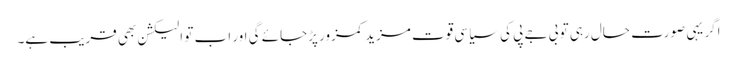
اگر یہی صورت حال رہی تو بی جے پی کی سیاسی قوت مزید کمزور پڑجائے گی اور اب تو الیکشن بھی قریب ہے۔